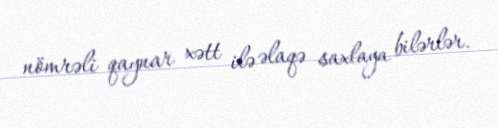
nömrəli qaynar xətt ilə əlaqə saxlaya bilərlər.